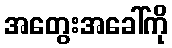
အတွေးအခေါ်ကို